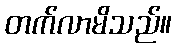
တက်လာမိသည်။